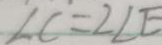
\angle C = 2 \angle E